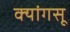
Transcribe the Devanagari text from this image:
क्यांगसू